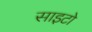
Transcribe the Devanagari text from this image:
साइटो